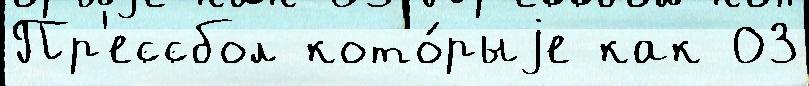
Пр'ессбол кото́рыjе как 03